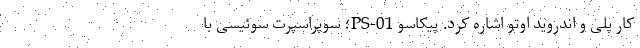
کار پلی و اندروید اوتو اشاره کرد. پیکاسو PS-01؛ سوپراسپرت سوئیسی با